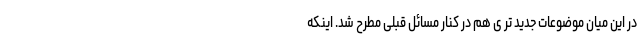
در این میان موضوعات جدید تر ی هم در کنار مسائل قبلی مطرح شد. اینکه